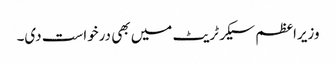
وزیراعظم سیکرٹریٹ میں بھی درخواست دی۔